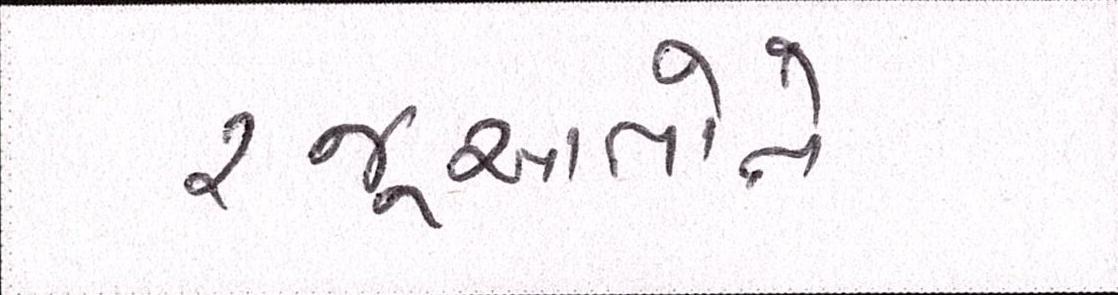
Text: રજૂઆતોને